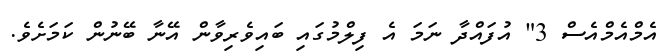
އެމްއެމްއެސް 3" އުފައްދާ ނަމަ އެ ފިލްމުގައި ބައިވެރިވާން އޭނާ ބޭނުން ކަމަށެވެ.